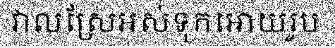
វាលស្រែអស់ទុកអោយរូប